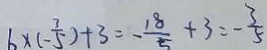
6 \times ( - \frac { 3 } { 5 } ) + 3 = - \frac { 1 8 } { 5 } + 3 = - \frac { 3 } { 5 }